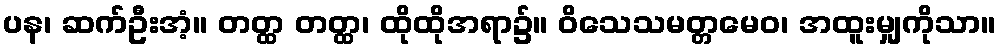
ပန၊ ဆက်ဦးအံ့။ တတ္ထ တတ္ထ၊ ထိုထိုအရာ၌။ ဝိသေသမတ္တမေဝ၊ အထူးမျှကိုသာ။